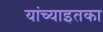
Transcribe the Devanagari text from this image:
यांच्याइतका